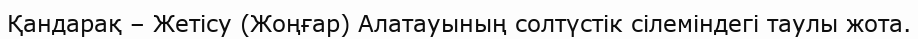
Қандарақ – Жетісу (Жоңғар) Алатауының солтүстік сілеміндегі таулы жота.